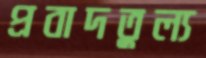
প্রবাদতুল্য